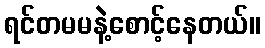
ရင်တမမနဲ့စောင့်နေတယ်။